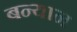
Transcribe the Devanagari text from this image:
बन्यान